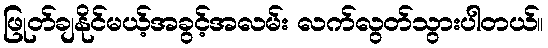
ဖြုတ်ချနိုင်မယ့်အခွင့်အလမ်း လက်လွတ်သွားပါတယ်။